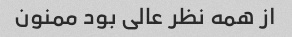
از همه نظر عالی بود ممنون